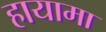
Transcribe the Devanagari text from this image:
हायामा